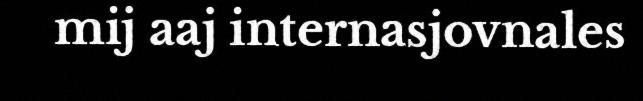
mij aaj internasjovnales